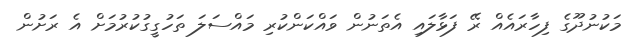
މަކުނުދޫގެ ފިހާރައެއް ރޭ ފަޅާލައި އެތަނުން ވައްކަންކުރި މައްސަލަ ތަހުގީގުކުރުމަށް އެ ރަށުން